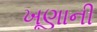
ખૂણાની